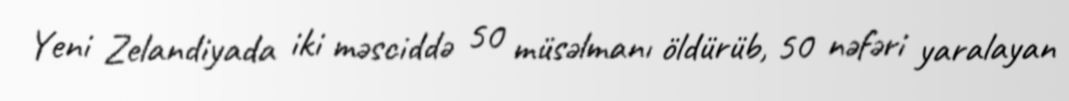
Yeni Zelandiyada iki məsciddə 50 müsəlmanı öldürüb, 50 nəfəri yaralayan